Annual administration and progress report of the Indian Medical Department, Bombay
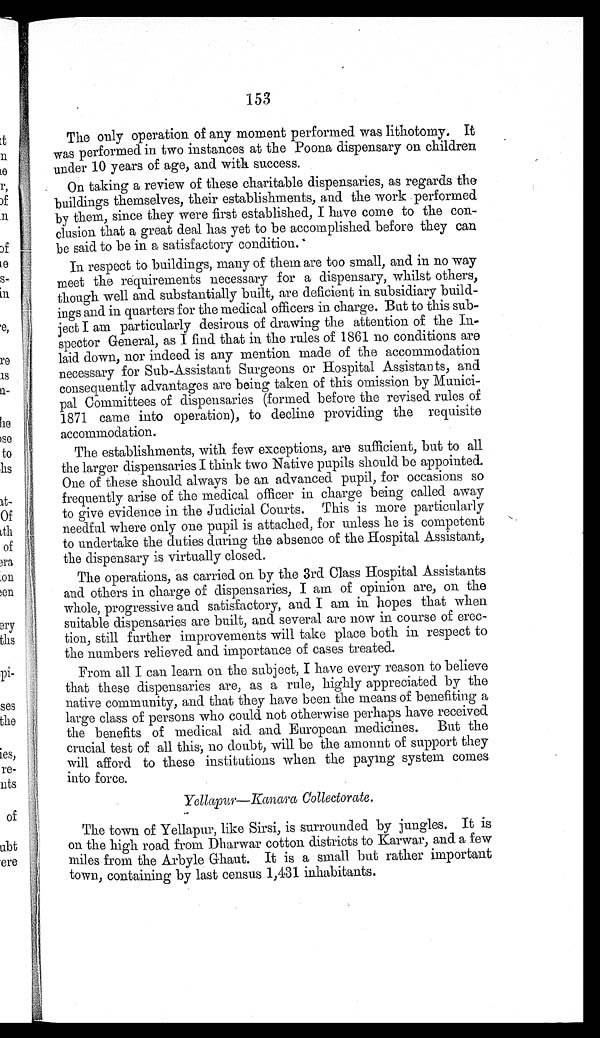
153
The only operation of any moment performed was lithotomy. It
was performed in two instances at the Poona dispensary on children
under 10 years of age, and with success.
On taking a review of these charitable dispensaries, as regards the
buildings themselves, their establishments, and the work performed
by them, since they were first established, I have come to the con-
clusion that a great deal has yet to be accomplished before they can
be said to be in a satisfactory condition.
In respect to buildings, many of them are too small, and in no way
meet the requirements necessary for a dispensary, whilst others,
though well and substantially built, are deficient in subsidiary build-
ings and in quarters for the medical officers in charge. But to this sub-
ject I am particularly desirous of drawing the attention of the In-
spector General, as I find that in the rules of 1861 no conditions are
laid down, nor indeed is any mention made of the accommodation
necessary for Sub-Assistant Surgeons or Hospital Assistants, and
consequently advantages are being taken of this omission by Munici-
pal Committees of dispensaries (formed before the revised rules of
1871 came into operation), to decline providing the requisite
accommodation.
The establishments, with few exceptions, are sufficient, but to all
the larger dispensaries I think two Native pupils should be appointed.
One of these should always be an advanced pupil, for occasions so
frequently arise of the medical officer in charge being called away
to give evidence in the Judicial Courts. This is more particularly
needful where only one pupil is attached, for unless he is competent
to undertake the duties during the absence of the Hospital Assistant,
the dispensary is virtually closed.
The operations, as carried on by the 3rd Class Hospital Assistants
and others in charge of dispensaries, I am of opinion are, on the
whole, progressive and satisfactory, and I am in hopes that when
suitable dispensaries are built, and several are now in course of erec-
tion, still further improvements will take place both in respect to
the numbers relieved and importance of cases treated.
From all I can learn on the subject, I have every reason to believe
that these dispensaries are, as a rule, highly appreciated by the
native community, and that they have been the means of benefiting a
large class of persons who could not otherwise perhaps have received
the benefits of medical aid and European medicines. But the
cr uci al t est of al l t hi s, no doubt , wi l l be t he amount of suppor t t hey
will afford to these institutions when the paying system comes
into force.
Yellapur—Kanara Collectorate.
The town of Yellapur, like Sirsi, is surrounded by jungles. It is
on the high road from Dharwar cotton districts to Karwar, and a few
miles from the Arbyle Ghaut. It is a small but rather important
town, containing by last census 1,431 inhabitants.